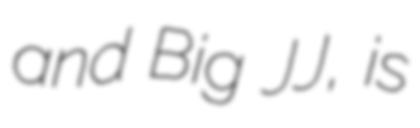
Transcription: and Big JJ, is